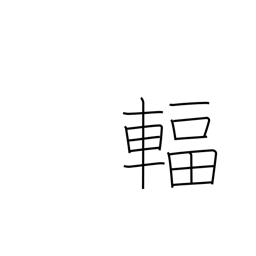
Meaning: spoke (wheel)